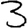
Digit: 3